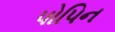
પોપિન